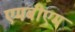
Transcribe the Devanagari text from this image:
एमबीएम